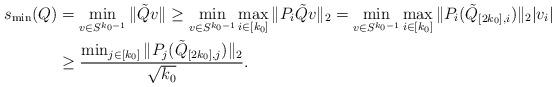
LaTeX: \begin{align*}s_{\min}(Q) &= \min_{v \in S^{k_0-1}} \|\tilde Qv\| \ge \min_{v \in S^{k_0-1}} \max_{i\in [k_0]} \|P_i\tilde Qv\|_2= \min_{v \in S^{k_0-1}} \max_{i\in [k_0]} \|P_i(\tilde Q_{[2k_0],i})\|_2 |v_i|\\&\geq \frac{\min_{j \in [k_0]}\|P_j(\tilde Q_{[2k_0],j})\|_2}{\sqrt{k_0}}.\end{align*}